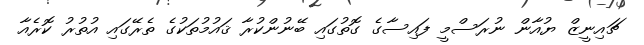
ޗައިނީޒް ޔުއާން ނުރަސްމީ ފައިސާގެ ގޮތުގައި ބޭނުންކުރާ ޤައުމުތަކުގެ ތެރޭގައި އުތުރު ކޮރެއާ